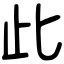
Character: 此